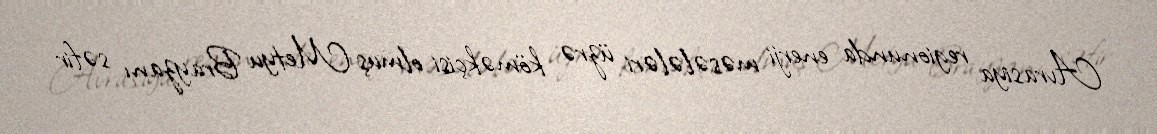
Avrasiya regionunda enerji məsələləri üzrə köməkçisi olmuş Metyu Brayzanı səfir